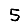
Digit: 5